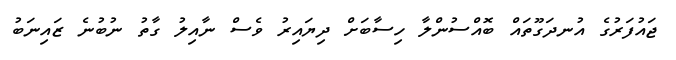
ޖައުފަރުގެ އުނދަގޫތައް ބޮއްސުންލާ ހިސާބަށް ދިޔައިރު ވެސް ނާއިލު ގާތު ނުބުނެ ޒައިނަބު